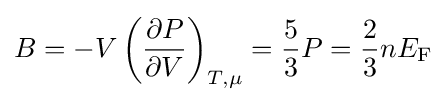
B=-V\left({\frac {\partial P}{\partial V}}\right)_{T,\mu }={\frac {5}{3}}P={\frac {2}{3}}nE_{\rm {F}}